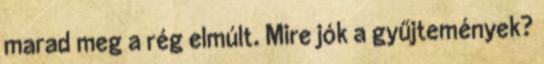
marad meg a rég elmúlt. Mire jók a gyűjtemények?